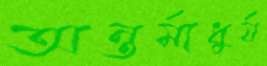
অন্তর্মাধুর্য